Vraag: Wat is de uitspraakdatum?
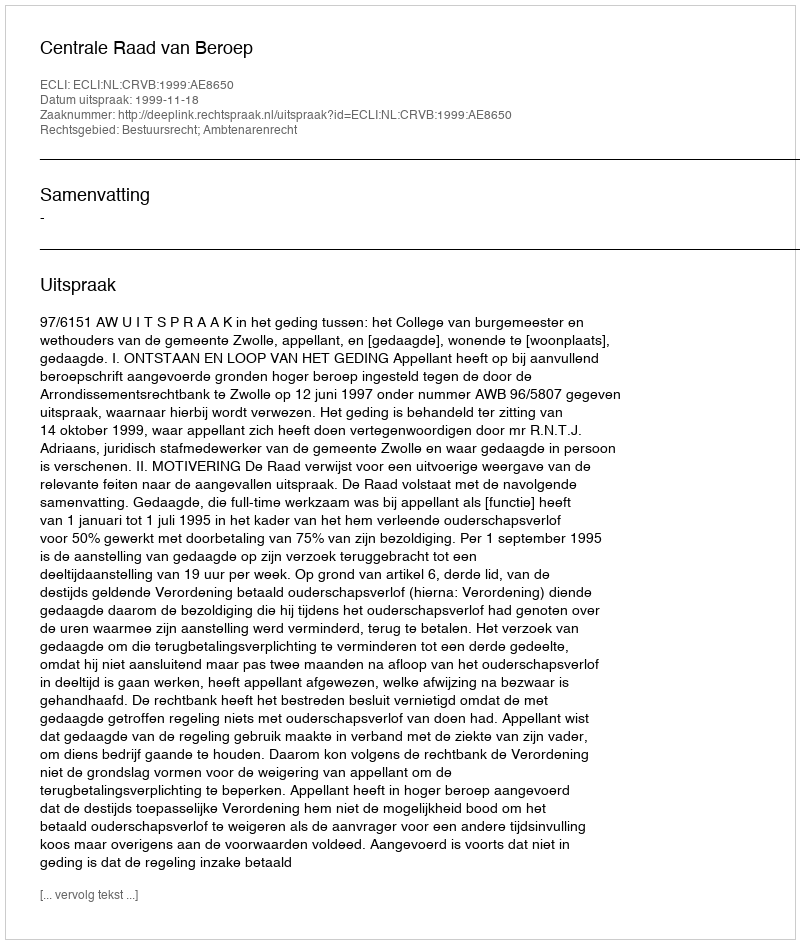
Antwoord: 1999-11-18